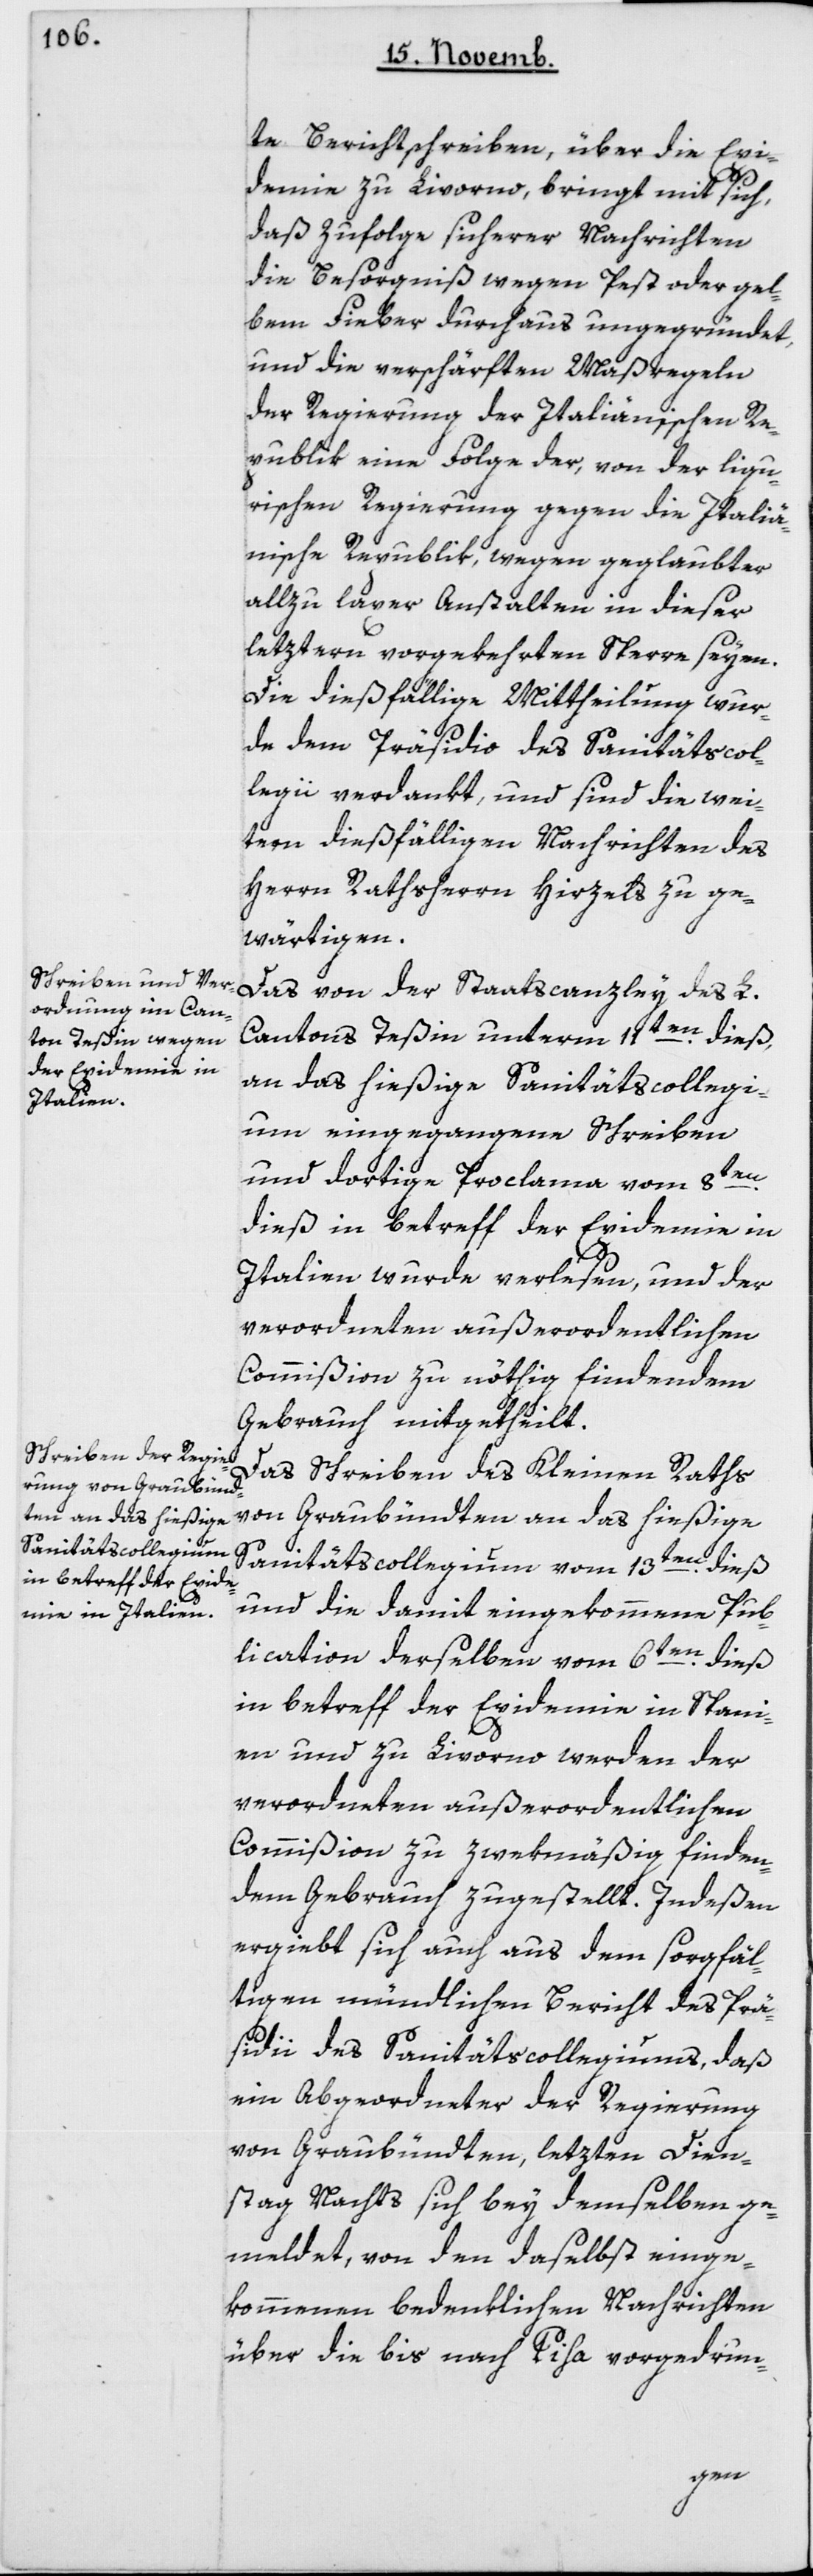
te Berichtschreiben, über die Epi¬
demie zu Livorno, bringt mit sich,
daß zufolge sicherer Nachrichten
die Besorgnis wegen Pest oder Gel¬
bem Fieber durchaus ungegründet,
und die verschärften Maßregeln
der Regierung der Italienischen Re¬
publik eine Folge der, von der ligu¬
rischen Regierung gegen die Italie¬
nische Republik, wegen geglaubter
allzu laxer Anstalten in dieser
letztern vorgekehrten Sperre seyen.
Die diesfällige Mittheilung wur¬
de dem Präsidio des Sanitätscol¬
legii verdankt, und sind die wei¬
tern dießfälligen Nachrichten des
Herrn Rathsherrn Hirzels zu ge¬
wärtigen.
Das von der Staatscanzley des L.
Cantons Teßin unterm 11ten dieß,
an das hießige Sanitätscollegi¬
um eingegangene Schreiben
und dortige Proclama vom 8ten
dieß in Betreff der Epidemie in
Italien, wurde verlesen, und der
verordneten außerordentlichen
Commißion zu nöthig findendem
Gebrauch mitgetheilt.
Das Schreiben des Kleinen Raths
von Graubündten an das hießige
Sanitätscollegium vom 13ten dieß
und die damit eingekommene Pub¬
lication derselben vom 6ten dieß
in Betreff der Epidemie in Spani¬
en und zu Livorno, werden der
verordneten außerordentlichen
Commißion zu zwekmäßig finden¬
dem Gebrauch zugestellt. Indeßen
ergiebt sich auch aus dem sorgfäl¬
tigen mündlichen Bericht des Prä¬
sidii des Sanitätscollegiums, daß
ein Abgeordneter der Regierung
von Graubündten, letzten Dien¬
stag Nachts sich bey demselben ge¬
meldet, von den daselbst einge¬
kommenen bedenklichen Nachrichten
über die bis nach Pisa vorgedrun-